Malaria in India - Number 2
Disease focus: Malaria
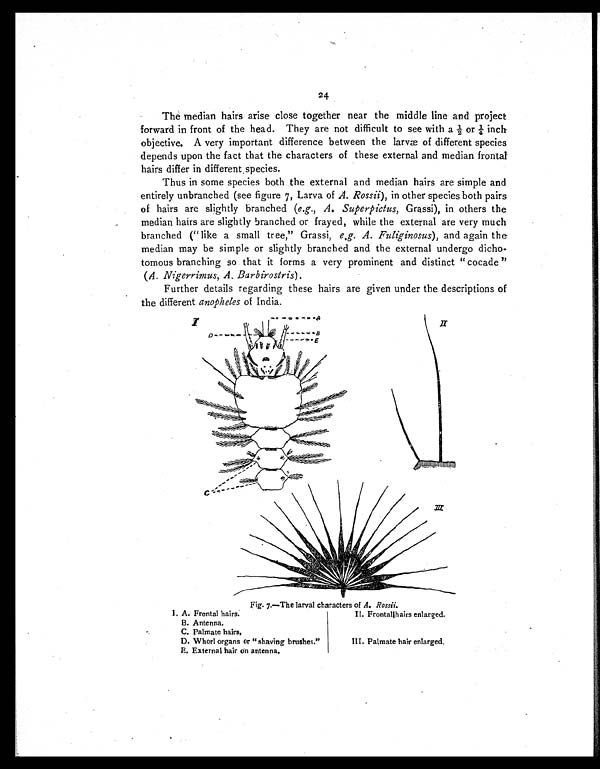
24
The median hairs arise close together near the middle line and project
forward in front of the head. They are not difficult to see with a ½ or ¼ inch
objective. A very important difference between the larvæ of different species
depends upon the fact that the characters of these external and median frontal
hairs differ in different species.
Thus in some species both the external and median hairs are simple and
entirely unbranched (see figure 7, Larva of A. Rossii), in other species both pairs
of hairs are slightly branched (e.g., A. Superpictus, Grassi), in others the
median hairs are slightly branched or frayed, while the external are very much
branched ("like a small tree," Grassi, e.g. A. Fuliginosus), and again the
median may be simple or slightly branched and the external undergo dicho-
tomous branching so that it forms a very prominent and distinct "cocade"
(A. Nigerrimus, A. Barbirostris).
Further details regarding these hairs are given under the descriptions of
the different anopheles of India.
Fig. 7.—The larval characters of A. Rossii.
I. A. Frontal hairs.
II. Frontallhairs enlarged.
B. Antenna.
C. Palmate hairs,
D. Whorl organs or "shaving brushes."
III. Palmate hair enlarged,
E. External hair on antenna.